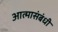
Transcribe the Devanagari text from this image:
आत्मासंबंधी